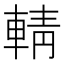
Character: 輤